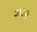
ઝરૂર